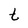
Character: t